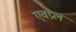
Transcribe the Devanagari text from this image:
एवप्रल